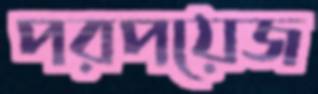
পরপয়েজ